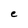
Character: e